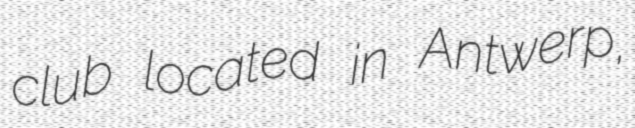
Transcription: club located in Antwerp,